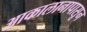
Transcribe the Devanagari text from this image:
आकालानापासून